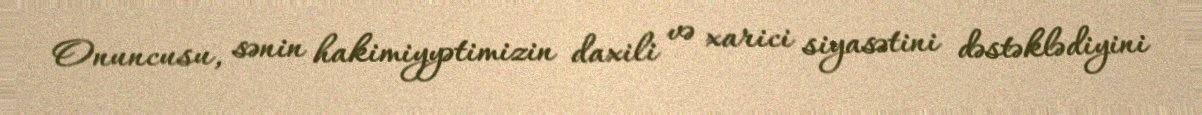
Onuncusu, sənin hakimiyyətimizin daxili və xarici siyasətini dəstəklədiyini